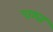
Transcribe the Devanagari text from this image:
चश्त